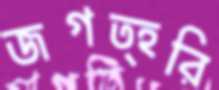
জগত্হরি